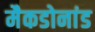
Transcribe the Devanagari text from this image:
मैकडोनांड